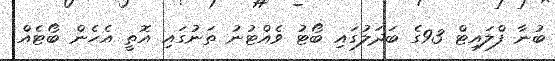
ބުނާ ފްލައިޓް 93ގެ ބަދަލުގައި ބޯޓު ވެއްޓުނު ތަނުގައި އޮތީ އެހެން ބޯޓެއް